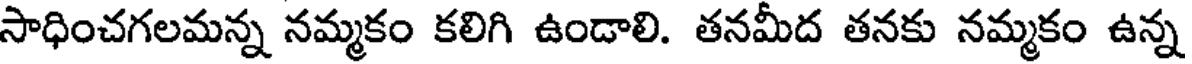
సాధించగలమన్న నమ్మకం కలిగి ఉండాలి. తనమీద తనకు నమ్మకం ఉన్న